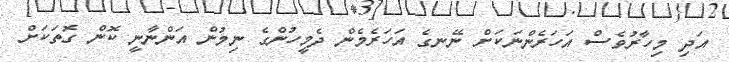
އަދި މިހާރުވެސް އަހަރެންނަކަށް ނޭނގެ އަހަރެމެން ދެމީހުންގެ ނިމުން އަންނާނީ ކޮން ގޮތަކަށް